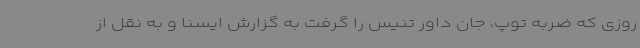
روزی که ضربه توپ، جان داور تنیس را گرفت به گزارش ایسنا و به نقل از